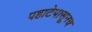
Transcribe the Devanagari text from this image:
पहाटेपासूनच